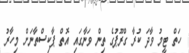
ހަތް ޓީމު ވާދަ ކުރާ ގްރޫޕުގެ ތިން ވަނާގައި އޮތް ޕާކިސްތާނަށް މިހާރު